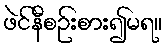
ဖဲင်နီစဉ်းစား၍မရ။